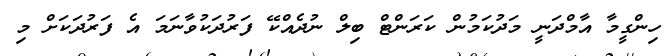
ހިންގީމާ އާމްދަނީ މަދުކަމުން ކަރަންޓް ބިލް ނުދެއްކޭ ފަރުދަކުވާނަމަ އެ ފަރުދަކަށް މި